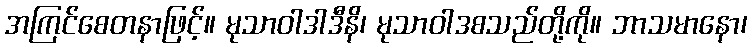
အကြင်စေတနာဖြင့်။ မုသာဝါဒါဒီနိ၊ မုသာဝါဒစသည်တို့ကို။ ဘာသမာနော၊